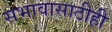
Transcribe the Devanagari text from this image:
सभावासाठीही